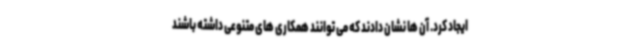
ایجاد کرد. آن ها نشان دادند که می توانند همکاری های متنوعی داشته باشند